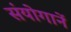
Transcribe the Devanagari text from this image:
संयोगानें